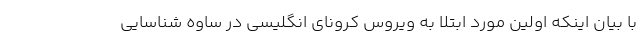
با بیان اینکه اولین مورد ابتلا به ویروس کرونای انگلیسی در ساوه شناسایی